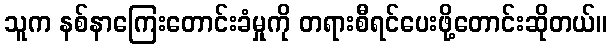
သူက နစ်နာကြေးတောင်းခံမှုကို တရားစီရင်ပေးဖို့တောင်းဆိုတယ်။